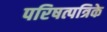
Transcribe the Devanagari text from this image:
परिषत्पत्रिके